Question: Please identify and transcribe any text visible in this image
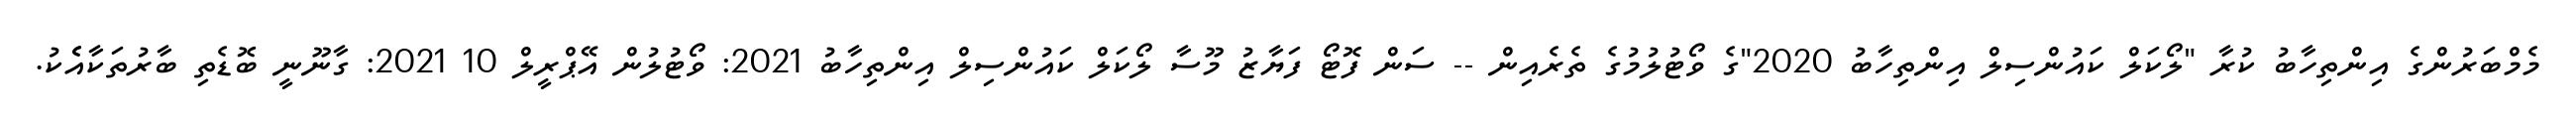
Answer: މެމްބަރުންގެ އިންތިހާބު ކުރާ "ލޯކަލް ކައުންސިލް އިންތިހާބު 2020"ގެ ވޯޓުލުމުގެ ތެރެއިން -- ސަން ފޮޓޯ ފަޔާޒު މޫސާ ލޯކަލް ކައުންސިލް އިންތިހާބު 2021: ވޯޓުލުން އޭޕްރީލް 10 2021: ގާނޫނީ ބޮޑެތި ބާރުތަކާއެެކު.